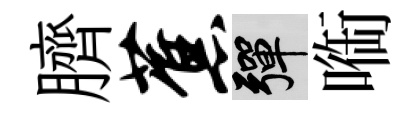
臍蕉彈㗸